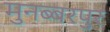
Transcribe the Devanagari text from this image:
मुनब्बरपुर